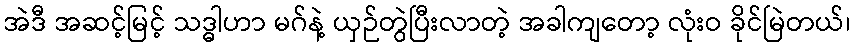
အဲဒီ အဆင့်မြင့် သဒ္ဓါဟာ မဂ်နဲ့ ယှဉ်တွဲပြီးလာတဲ့ အခါကျတော့ လုံးဝ ခိုင်မြဲတယ်၊